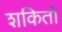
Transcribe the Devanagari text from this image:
शकितो